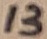
Text: 13